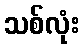
သစ်လုံး